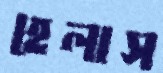
হেলাস